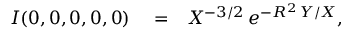
\begin{array} { r l r } { I ( 0 , 0 , 0 , 0 , 0 ) } & { { } = } & { X ^ { - 3 / 2 } \, e ^ { - R ^ { 2 } \, Y / X } , } \end{array}